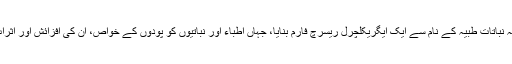
چنانچہ عبدالرحمن اوّل نے قرطبہ میں حدیقہ نباتاتِ طبیہ کے نام سے ایک ایگریکلچرل ریسرچ فارم بنایا، جہاں اَطباء اور نباتیوں کو پودوں کے خواص، اُن کی اَفزائش اور اَثرات پر تحقیق کے گوناگوں مواقع میسر تھے۔